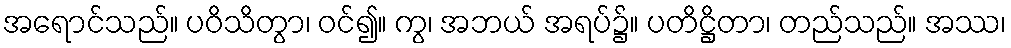
အရောင်သည်။ ပဝိသိတွာ၊ ဝင်၍။ ကွ၊ အဘယ် အရပ်၌။ ပတိဋ္ဌိတာ၊ တည်သည်။ အဿ၊